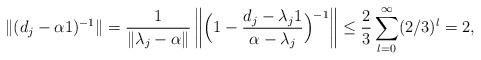
LaTeX: \begin{align*}\|(d_j - \alpha 1)^{-1}\| = \frac{1}{\|\lambda_j - \alpha\|} \left\|\Big( 1 - \frac{d_j - \lambda_j 1}{ \alpha - \lambda_j} \Big)^{-1}\right \|\leq \frac{2}{3} \sum_{l=0}^{\infty} (2/3)^l= 2,\end{align*}